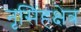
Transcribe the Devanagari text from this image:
नृसिंहक्षेत्र